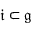
{ \mathfrak { i } } \subset { \mathfrak { g } }